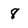
Character: 8